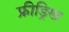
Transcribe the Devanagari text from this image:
फ्रीड्रिख